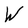
Character: W